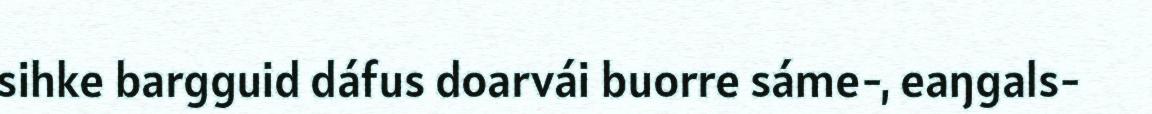
sihke bargguid dáfus doarvái buorre sáme-, eaŋgals-